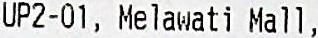
UP2-01, MELAWATI MALL,